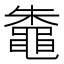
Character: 鼄